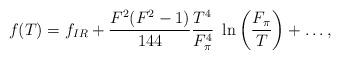
LaTeX: \begin{align*}f(T) = f_{IR} +\frac{F^2(F^2-1)}{144}\frac{T^4}{F_{\pi}^4}~\ln\left(\frac{F_{\pi}}{T}\right)+\ldots,\end{align*}